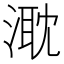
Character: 㴷